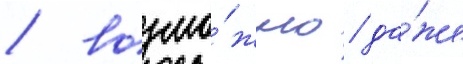
/ возмо́жно / да́же